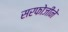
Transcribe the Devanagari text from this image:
सरफोजीने